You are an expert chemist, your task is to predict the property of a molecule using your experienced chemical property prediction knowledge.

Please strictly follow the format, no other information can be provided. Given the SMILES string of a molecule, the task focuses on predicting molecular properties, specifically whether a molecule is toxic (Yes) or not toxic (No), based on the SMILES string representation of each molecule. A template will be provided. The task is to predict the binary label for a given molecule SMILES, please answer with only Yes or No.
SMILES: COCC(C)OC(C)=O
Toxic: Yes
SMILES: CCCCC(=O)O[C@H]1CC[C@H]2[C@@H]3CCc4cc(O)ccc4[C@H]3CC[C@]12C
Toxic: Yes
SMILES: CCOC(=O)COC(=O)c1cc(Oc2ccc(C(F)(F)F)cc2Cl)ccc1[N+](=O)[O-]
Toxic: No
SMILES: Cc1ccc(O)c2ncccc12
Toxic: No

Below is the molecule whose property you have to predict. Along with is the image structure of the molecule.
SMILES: CCOc1cc(N)c(Cl)cc1C(=O)NCC1CN(Cc2ccc(F)cc2)CCO1.O=C(O)CC(O)(CC(=O)O)C(=O)O
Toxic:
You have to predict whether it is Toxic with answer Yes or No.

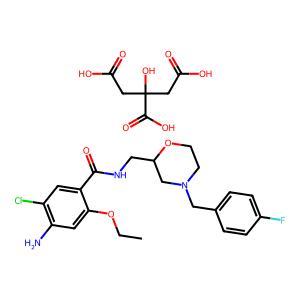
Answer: No